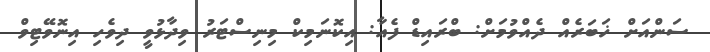
ސަންއަށް ޚަބަރެއް ދެއްވުމަށް: ބްރައިޑް ފެއާ: އިކޮނަމިކް މިނިސްޓަރު ވިދާޅުވީ ދިވެހި އިނޮވޭޓިވް